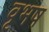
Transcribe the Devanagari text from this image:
वृभष